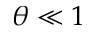
\theta \ll 1